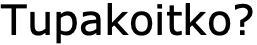
Tupakoitko?